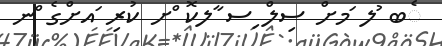
ެބ ުލ ަމށް ސިލް ިސ ާލކޮ ްށ ކުރި ައށްގެ ްނ